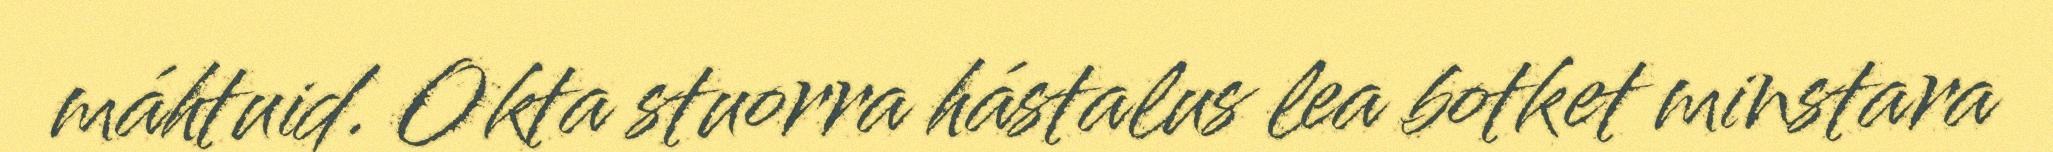
máhtuid. Okta stuorra hástalus lea botket minstara